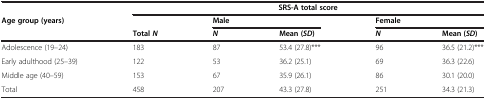
<table><thead><tr><td></td><td colspan="5"><b>SRS-A total score</b></td></tr><tr><td rowspan="2"><b>Age group (years)</b></td><td></td><td colspan="2"><b>Male</b></td><td colspan="2"><b>Female</b></td></tr><tr><td><b>Total<i>N</i></b></td><td><b><i>N</i></b></td><td><b>Mean (<i>SD</i>)</b></td><td><b><i>N</i></b></td><td><b>Mean (<i>SD</i>)</b></td></tr></thead><tbody><tr><td>Adolescence (19–24)</td><td>183</td><td>87</td><td>53.4 (27.8)***</td><td>96</td><td>36.5 (21.2)***</td></tr><tr><td>Early adulthood (25–39)</td><td>122</td><td>53</td><td>36.2 (25.1)</td><td>69</td><td>36.3 (22.6)</td></tr><tr><td>Middle age (40–59)</td><td>153</td><td>67</td><td>35.9 (26.1)</td><td>86</td><td>30.1 (20.0)</td></tr><tr><td>Total</td><td>458</td><td>207</td><td>43.3 (27.8)</td><td>251</td><td>34.3 (21.3)</td></tr></tbody></table>